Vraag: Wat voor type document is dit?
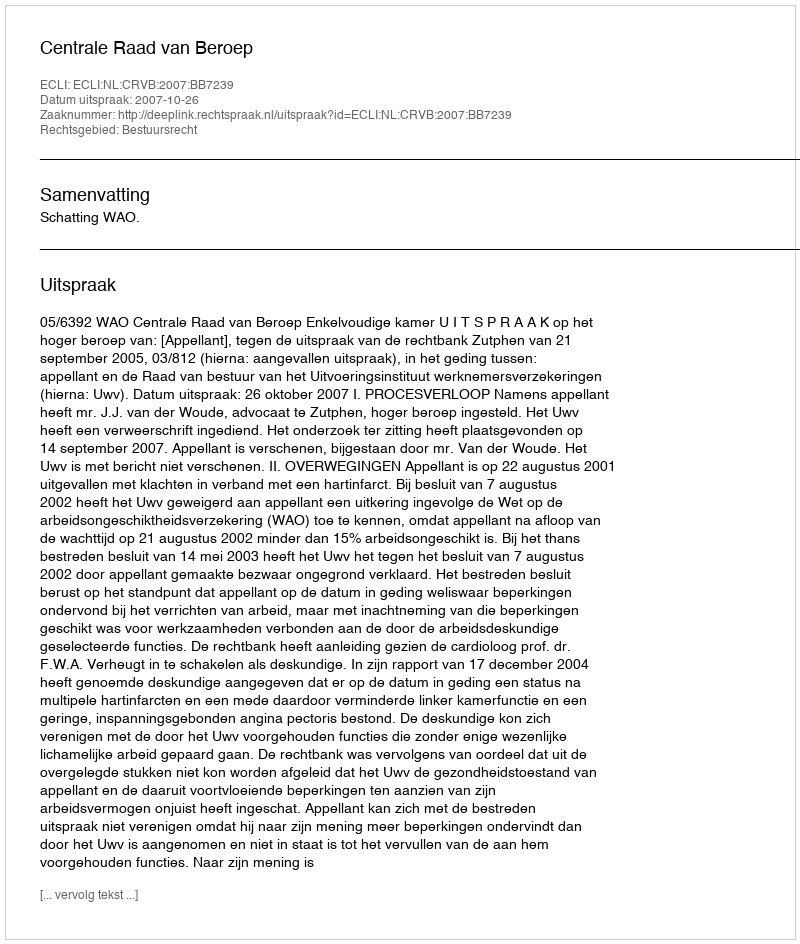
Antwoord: Uitspraak